Report of the Hyderabad Chloroform Commission
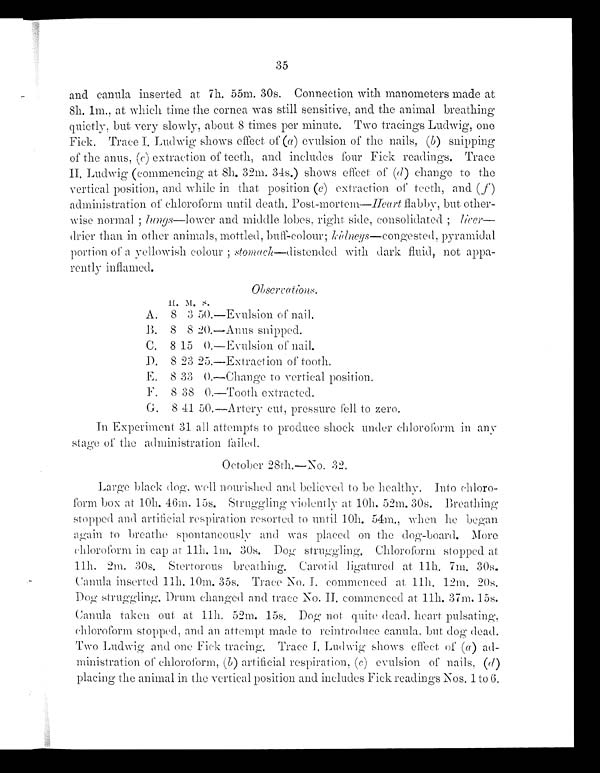
35
and canula inserted at 7h. 55m. 30s. Connection with manometers made at
8h. 1m., at which time the cornea was still sensitive, and the animal breathing
quietly, but very slowly, about 8 times per minute. Two tracings Ludwig, one
Fick. Trace I. Ludwig shows effect of (a ) evulsion of the nails, (b) snipping
of the anus, ( c) extraction of teeth, and includes four Fick readings. Trace
II. Ludwig (commeneing at 8h. 32m. 34s.) shows effect of ( d ) change to the
vertical position, and while in that position ( e) extraction of teeth, and ( f )
administration of chloroform until death. Post-mortem—Heart flabby, but other-
wise normal ; lungs—lower and middle lobes, right side, consolidated ; licer—
drier than in other animals, mottled, bull-colour; kidneys—congested, pyramidal.
portion of a yellowish colour ; stomach—distended with dark fluid, not appa-
rently inflamed.
Obsercations.
H. M. S.
A. 8 3 50.—Evulsion of nail.
B. 8 8 20. —Anus snipped.
C. 8 15
0
—Evulsion of nail.
D. 8 23 25. —Extraction of tooth.
E. 8 33
0.
—Change to vertical position.
F. 8 38
0.
—Tooth extracted.
G. 8 41 50.—Artery cut, pressure fell to zero.
In Experiment 31 all attempts to produce shock under chloroform in any
stage of the administration failed.
October 28th.—No.
3 2 .
Large black dog, well nourished and believed to be healthy. Into chloro-
form box at 10h. 46m. 15s, Struggling violently at 10h. 52m. 30s. Breathing
stopped and artificial respiration resorted to until 10h. 54m., when he began
again to breathe spontaneously and was placed on the dog-board. More
chloroform in cap at 11h. 1m. 30s. Dog struggling, Chloroform stopped at
11h. 2m. 30s. Stertorous breathing, Carotid ligatured at 11h. 7m. 30s.
Canula inserted 11h. 10m. 35s. Trace No. I. commenced at 11h. 12m. 20s.
Dog struggling. Drum changed and trace No. II commenced at 11h. 37m. 15s.
Canula taken out at 11h. 52m. 15s. Dog not quite dead heart pulsating,
chloroform stopped, and an attempt made to reintroduce canula, but dog dead.
Two Ludwig and one Fick tracing. Trace I. Ludwig shows effect of ( a ) ad-
ministration of chloroform, (b) artificial respiration, ( c ) evulsion of nails, (d)
placing the animal in the vertical position and includes Fick readings Nos. 1 to 6.